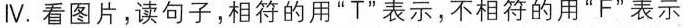
Ⅳ.看图片,读句子,相符的用"T"表示,不相符的用"F"表示